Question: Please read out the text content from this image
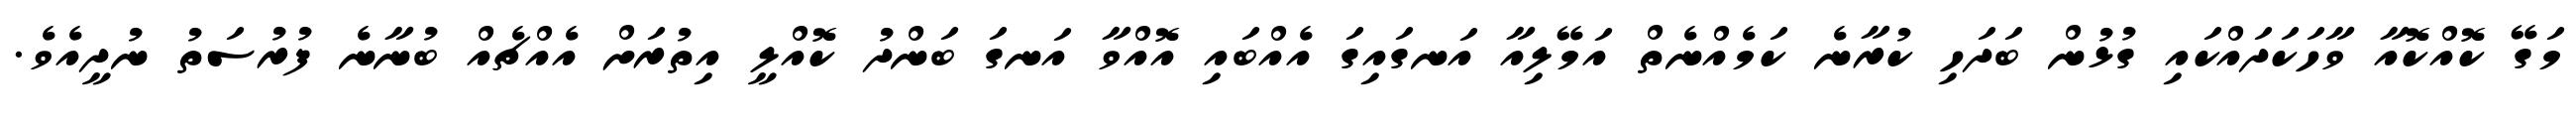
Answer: މަގޭ ކޮއްކޮއާ ވާހަކަދައްކައި ގުޅުން ބަދަހި ކުރާނެ ކަމެއްނެތް އަމޭލިއާ އަނގައިގަ އެއްބައި އޮއްވާ އަނގަ ބަންދު ކޮއްލީ އިތުރަށް އެއްޗެއް ބުނާނެ ފުރުސަތު ނުދީއެވެ.